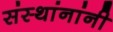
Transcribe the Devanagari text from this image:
संस्थांनांनी